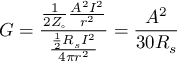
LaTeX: G = { \frac { { \frac { 1 } { 2 Z _ { \circ } } } { \frac { A ^ { 2 } I ^ { 2 } } { r ^ { 2 } } } } { \frac { { \frac { 1 } { 2 } } R _ { s } I ^ { 2 } } { 4 \pi r ^ { 2 } } } } = { \frac { A ^ { 2 } } { 3 0 R _ { s } } } \,